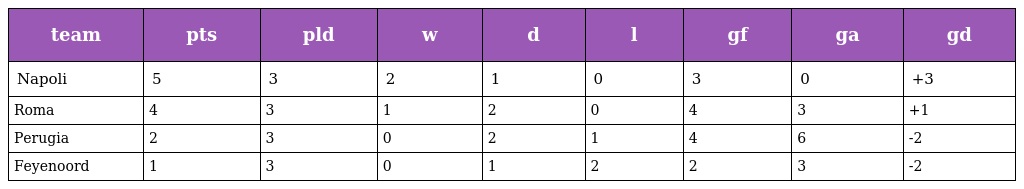
| team | pts | pld | w | d | l | gf | ga | gd |
 | --- | --- | --- | --- | --- | --- | --- | --- | --- |
 | Napoli | 5 | 3 | 2 | 1 | 0 | 3 | 0 | +3 |
 | Roma | 4 | 3 | 1 | 2 | 0 | 4 | 3 | +1 |
 | Perugia | 2 | 3 | 0 | 2 | 1 | 4 | 6 | -2 |
 | Feyenoord | 1 | 3 | 0 | 1 | 2 | 2 | 3 | -2 |